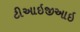
ટીઆઇજીઆઇ